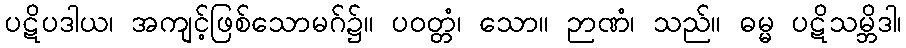
ပဋိပဒါယ၊ အကျင့်ဖြစ်သောမဂ်၌။ ပဝတ္တံ၊ သော။ ဉာဏံ၊ သည်။ ဓမ္မ ပဋိသမ္ဘိဒါ၊